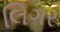
લિગર